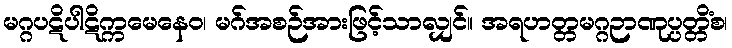
မဂ္ဂပဋိပါဋိက္ကမေနေဝ၊ မဂ်အစဉ်အားဖြင့်သာလျှင်။ အရဟတ္တမဂ္ဂဉာဏုပ္ပတ္တိံစ၊